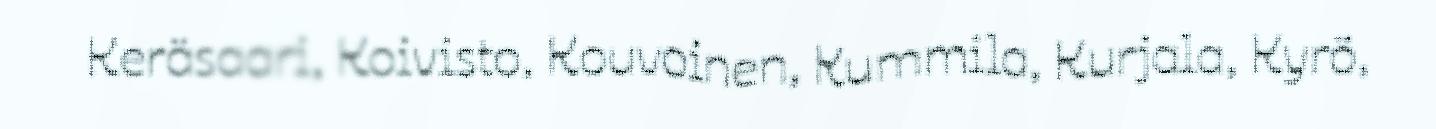
Keräsaari, Koivisto, Kouvoinen, Kummila, Kurjala, Kyrö,